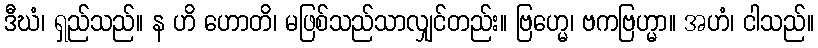
ဒီဃံ၊ ရှည်သည်။ န ဟိ ဟောတိ၊ မဖြစ်သည်သာလျှင်တည်း။ ဗြဟ္မေ၊ ဗကဗြဟ္မာ။ အဟံ၊ ငါသည်။